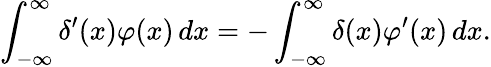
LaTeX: \int_{-\infty}^{\infty}\delta^{\prime}(x)\varphi(x)\, dx=-\int_{-\infty}^{\infty}\delta(x)\varphi^{\prime}(x)\, dx.